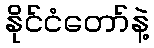
နိုင်ငံတော်နဲ့